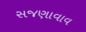
સજણાવાવ